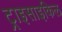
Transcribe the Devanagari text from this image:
ट्राइसाइकिल